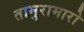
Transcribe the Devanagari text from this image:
तामुरामारो